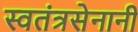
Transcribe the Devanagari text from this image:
स्वतंत्रसेनानी